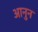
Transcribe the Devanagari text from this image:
आनुन